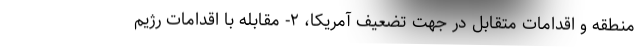
منطقه و اقدامات متقابل در جهت تضعیف آمریکا، ۲- مقابله با اقدامات رژیم